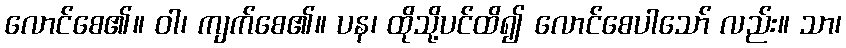
လောင်စေ၏။ ဝါ၊ ကျက်စေ၏။ ပန၊ ထိုသို့ပင်ထိ၍ လောင်စေပါသော် လည်း။ သာ၊